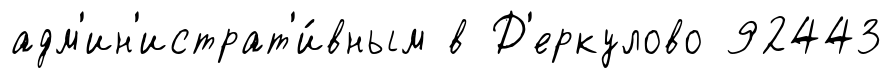
адм'ин'истрат'и́вным в Д'еркулово 92443